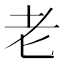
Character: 老